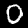
Digit: 0